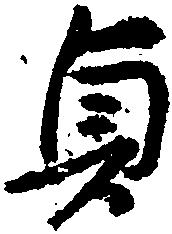
貞